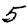
Digit: 5